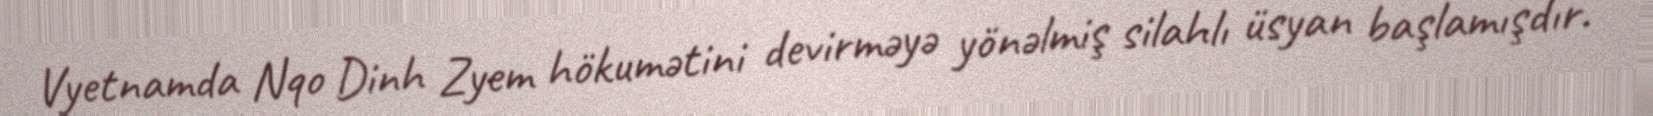
Vyetnamda Nqo Dinh Zyem hökumətini devirməyə yönəlmiş silahlı üsyan başlamışdır.